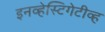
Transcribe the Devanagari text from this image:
इनव्हेस्टिगेटीव्ह